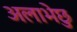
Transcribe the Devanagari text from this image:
अलाभेछु